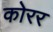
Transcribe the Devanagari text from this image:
कोरर